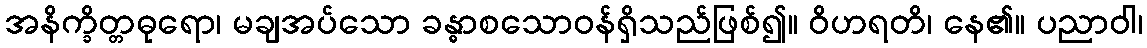
အနိက္ခိတ္တဓုရော၊ မချအပ်သော ခန္ဓာစသောဝန်ရှိသည်ဖြစ်၍။ ဝိဟရတိ၊ နေ၏။ ပညာဝါ၊